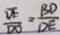
\frac { D E } { D O } = \frac { B D } { D E }